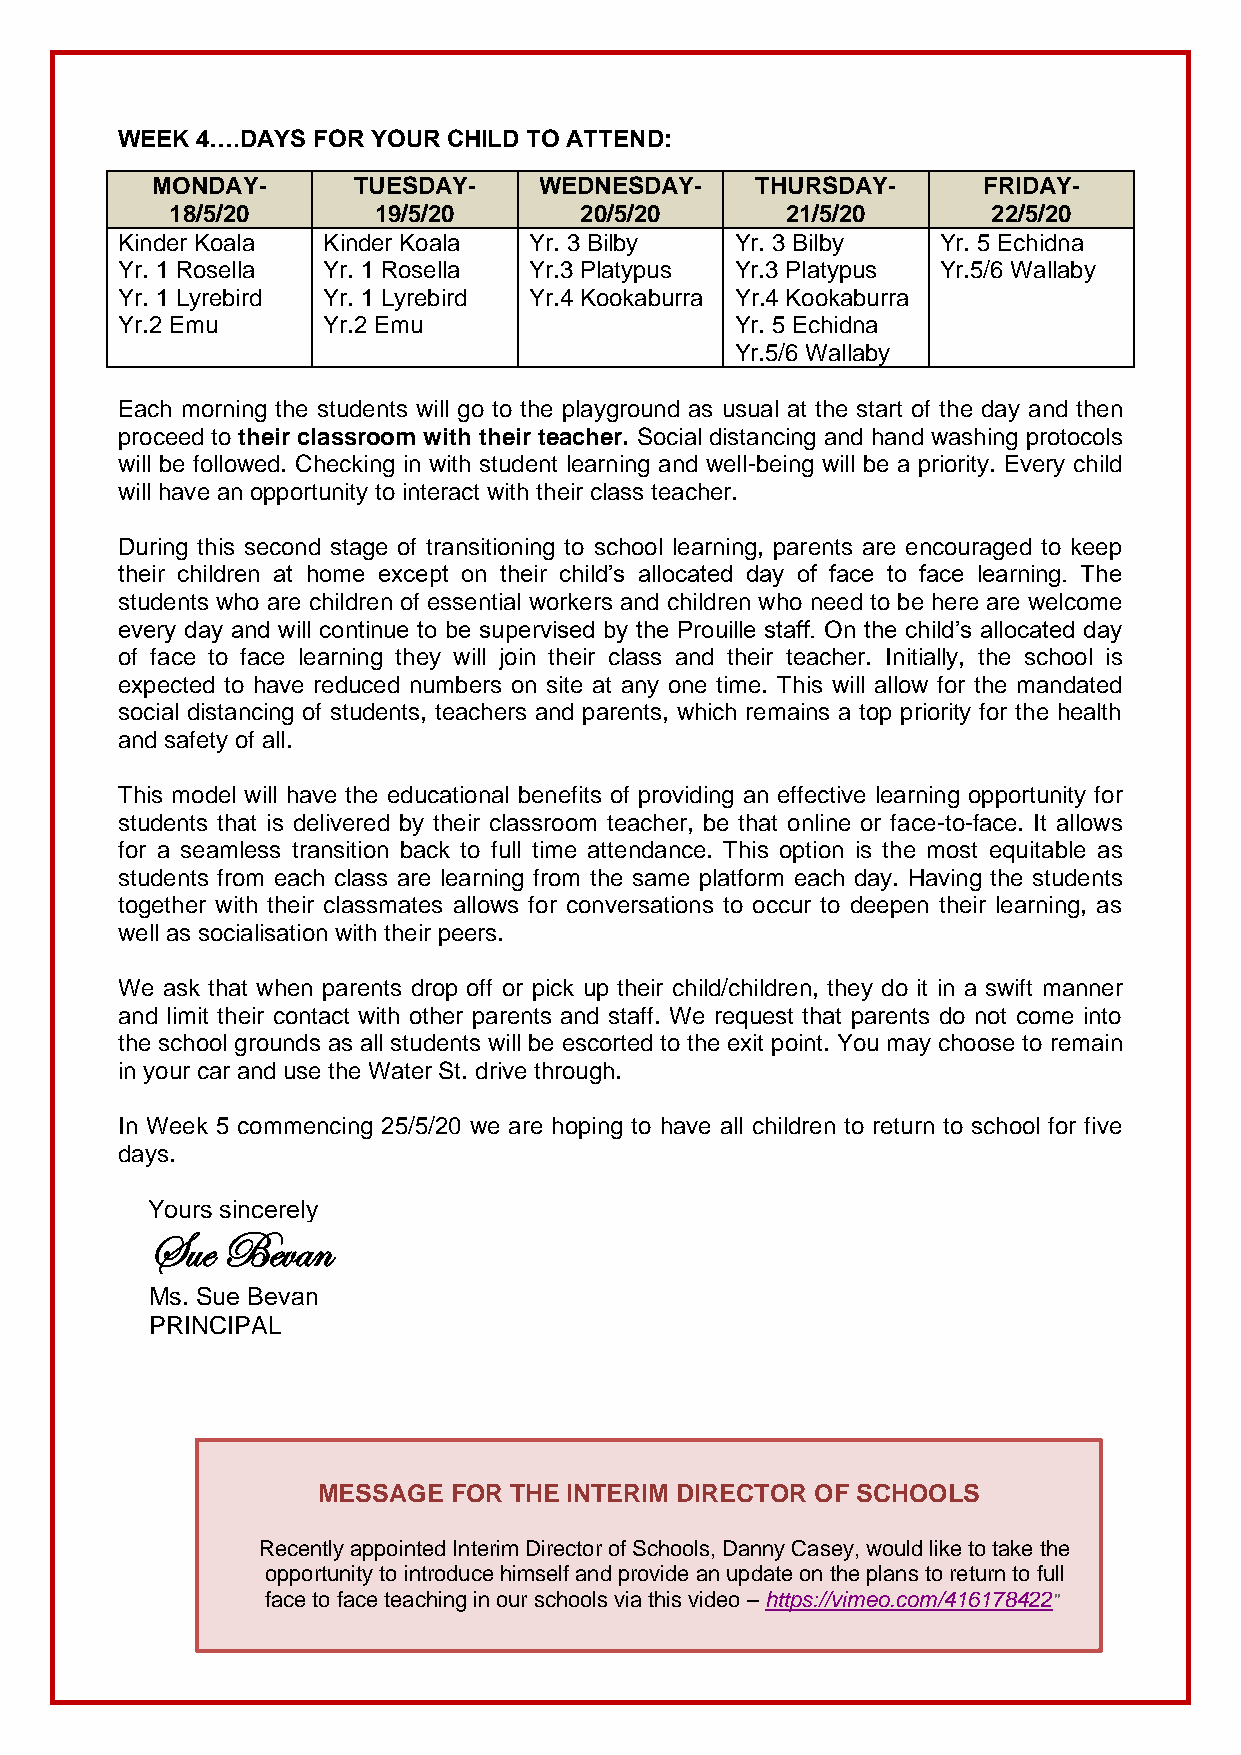
WEEK 4….DAYS FOR YOUR CHILD TO ATTEND:
 MONDAY-      TUESDAY-     WEDNESDAY-    THURSDAY-      FRIDAY-
 18/5/20       19/5/20      20/5/20       21/5/20       22/5/20
 Kinder Koala Kinder Koala  Yr. 3 Bilby   Yr. 3 Bilby  Yr. 5 Echidna
 Yr. 1 Rosella Yr. 1 Rosella Yr.3 Platypus Yr.3 Platypus Yr.5/6 Wallaby
 Yr. 1 Lyrebird Yr. 1 Lyrebird Yr.4 Kookaburra Yr.4 Kookaburra
 Yr.2 Emu     Yr.2 Emu                    Yr. 5 Echidna
 Yr.5/6 Wallaby
 Each morning the students will go to the playground as usual at the start of the day and then
 proceed to their classroom with their teacher. Social distancing and hand washing protocols
 will be followed. Checking in with student learning and well-being will be a priority. Every child
 will have an opportunity to interact with their class teacher.
 During this second stage of transitioning to school learning, parents are encouraged to keep
 their children at home except on their child’s allocated day of face to face learning. The
 students who are children of essential workers and children who need to be here are welcome
 every day and will continue to be supervised by the Prouille staff. On the child’s allocated day
 of face to face learning they will join their class and their teacher. Initially, the school is
 expected to have reduced numbers on site at any one time. This will allow for the mandated
 social distancing of students, teachers and parents, which remains a top priority for the health
 and safety of all.
 This model will have the educational benefits of providing an effective learning opportunity for
 students that is delivered by their classroom teacher, be that online or face-to-face. It allows
 for a seamless transition back to full time attendance. This option is the most equitable as
 students from each class are learning from the same platform each day. Having the students
 together with their classmates allows for conversations to occur to deepen their learning, as
 well as socialisation with their peers.
 We ask that when parents drop off or pick up their child/children, they do it in a swift manner
 and limit their contact with other parents and staff. We request that parents do not come into
 the school grounds as all students will be escorted to the exit point. You may choose to remain
 in your car and use the Water St. drive through.
 In Week 5 commencing 25/5/20 we are hoping to have all children to return to school for five
 days.
 Yours sincerely
 Sue  Bevan
 Ms. Sue Bevan
 PRINCIPAL
 MESSAGE  FOR THE INTERIM DIRECTOR OF SCHOOLS
 Recently appointed Interim Director of Schools, Danny Casey, would like to take the
 opportunity to introduce himself and provide an update on the plans to return to full
 face to face teaching in our schools via this video – https://vimeo.com/416178422"